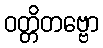
ဝတ္တိတဗ္ဗော